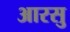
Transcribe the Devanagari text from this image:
आरसु